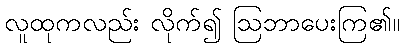
လူထုကလည်း လိုက်၍ ဩဘာပေးကြ၏။